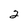
Character: 2